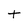
Character: T